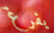
يفرغ